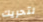
لتحريك